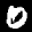
Label: 0